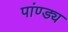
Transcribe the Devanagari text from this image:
पांण्ड्य